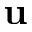
\textbf { u }